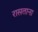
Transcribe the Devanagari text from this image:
रासताना